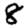
Digit: 8